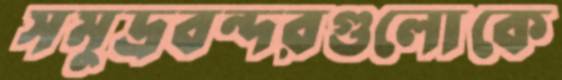
সমুদ্রবন্দরগুলোকে